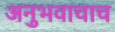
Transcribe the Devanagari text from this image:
अनुभवाचाच